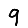
Digit: 9